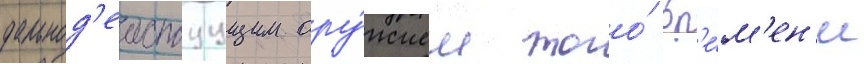
дальнод'еиствуущим ору́жием того́ вр'е́м'ен'и